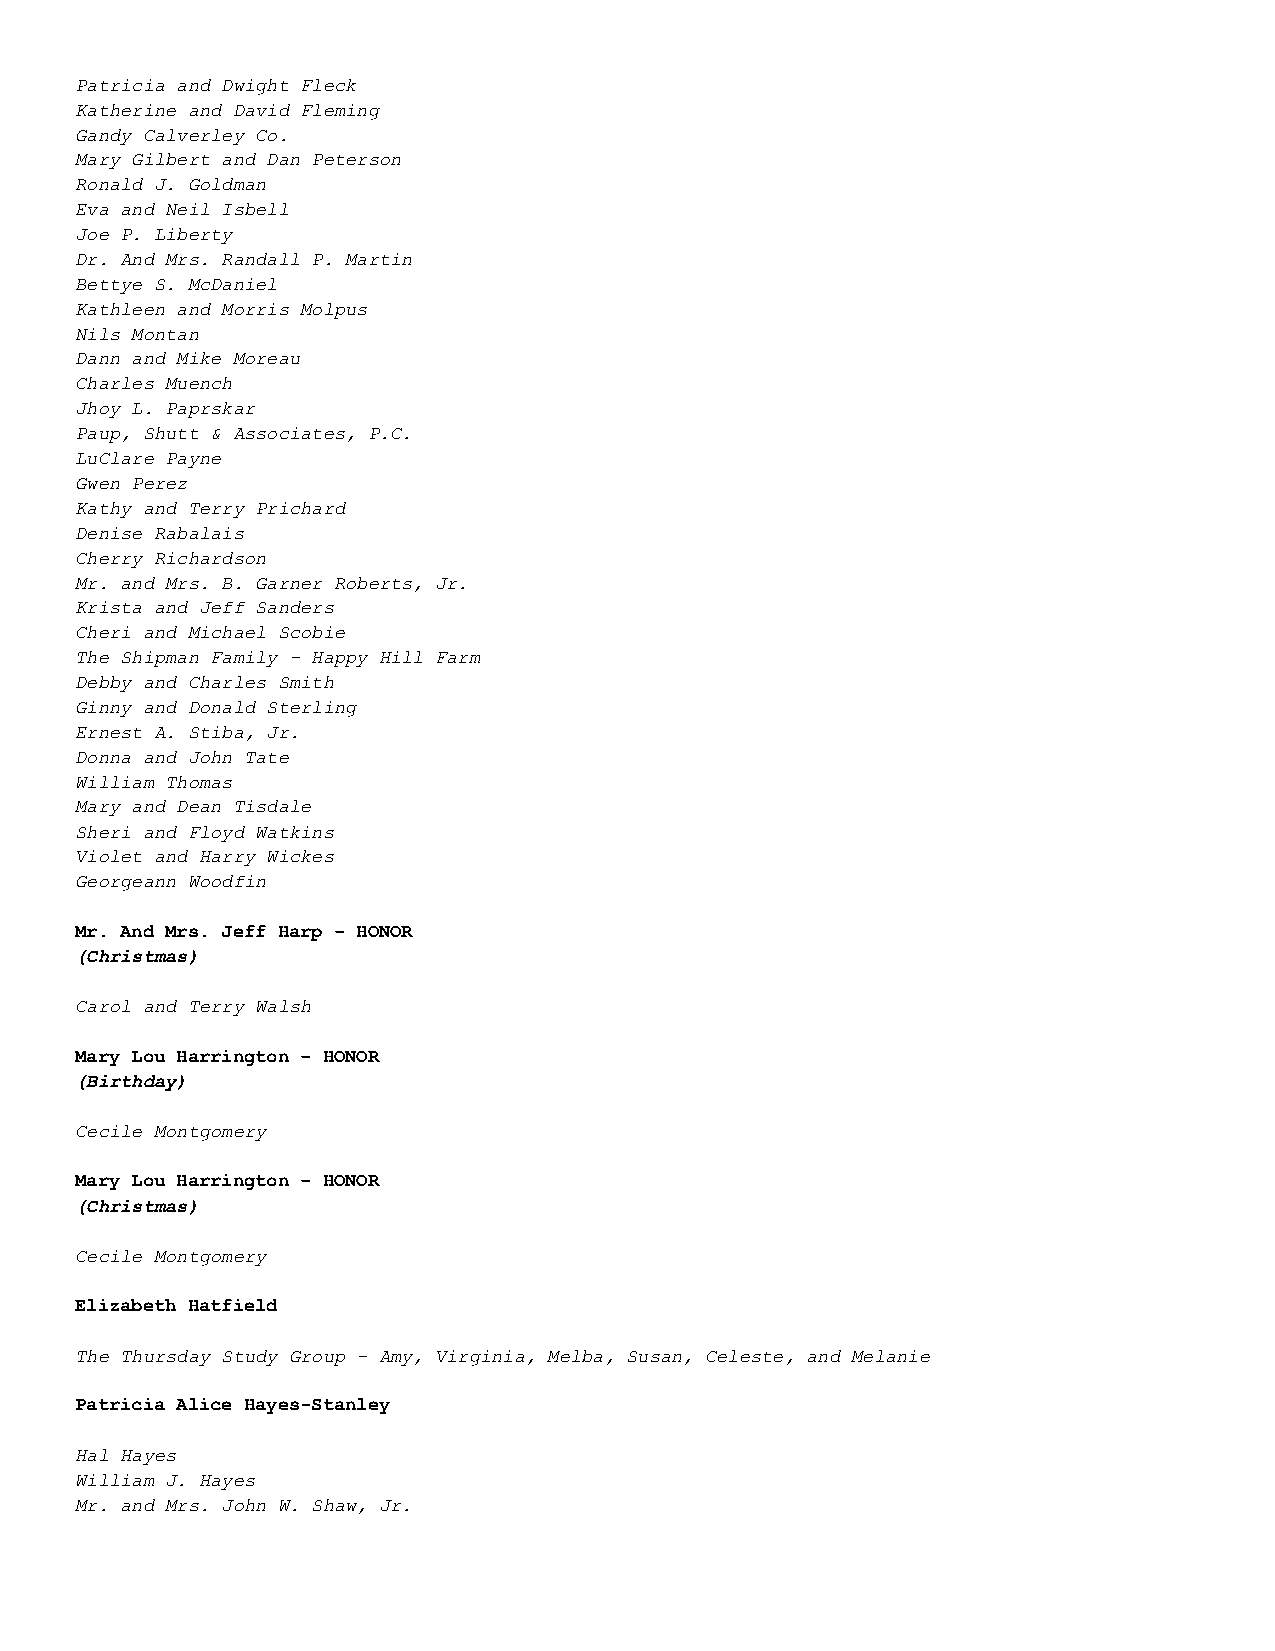
Patricia and Dwight Fleck
 Katherine and David Fleming
 Gandy Calverley Co.
 Mary Gilbert and Dan Peterson
 Ronald J. Goldman
 Eva and Neil Isbell
 Joe P. Liberty
 Dr. And Mrs. Randall P. Martin
 Bettye S. McDaniel
 Kathleen and Morris Molpus
 Nils Montan
 Dann and Mike Moreau
 Charles Muench
 Jhoy L. Paprskar
 Paup, Shutt & Associates, P.C.
 LuClare Payne
 Gwen Perez
 Kathy and Terry Prichard
 Denise Rabalais
 Cherry Richardson
 Mr. and Mrs. B. Garner Roberts, Jr.
 Krista and Jeff Sanders
 Cheri and Michael Scobie
 The Shipman Family - Happy Hill Farm
 Debby and Charles Smith
 Ginny and Donald Sterling
 Ernest A. Stiba, Jr.
 Donna and John Tate
 William Thomas
 Mary and Dean Tisdale
 Sheri and Floyd Watkins
 Violet and Harry Wickes
 Georgeann Woodfin
 Mr. And Mrs. Jeff Harp – HONOR
 (Christmas)
 Carol and Terry Walsh
 Mary Lou Harrington – HONOR
 (Birthday)
 Cecile Montgomery
 Mary Lou Harrington – HONOR
 (Christmas)
 Cecile Montgomery
 Elizabeth Hatfield
 The Thursday Study Group - Amy, Virginia, Melba, Susan, Celeste, and Melanie
 Patricia Alice Hayes-Stanley
 Hal Hayes
 William J. Hayes
 Mr. and Mrs. John W. Shaw, Jr.